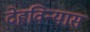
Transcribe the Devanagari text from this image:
देहविन्यास